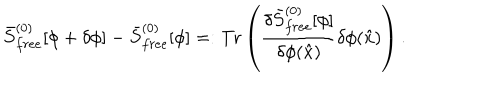
\bar { S } _ { f r e e } ^ { ( 0 ) } [ \phi + \delta \phi ] - \bar { S } _ { f r e e } ^ { ( 0 ) } [ \phi ] = : \mathrm { T r } \left( { \frac { \delta \bar { S } _ { f r e e } ^ { ( 0 ) } [ \phi ] } { \delta \phi ( \hat { x } ) } } \delta \phi ( \hat { x } ) \right) .